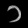
Digit: ၁